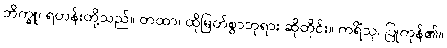
ဘိက္ခူ၊ ရဟန်းတို့သည်။ တထာ၊ ထိုမြတ်စွာဘုရား ဆိုတိုင်း။ ကရိံသု၊ ပြုကုန်၏။